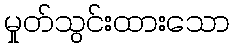
မှုတ်သွင်းထားသော